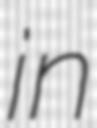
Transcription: in